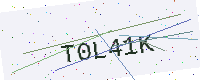
Text: T0L41K